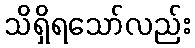
သိရှိရသော်လည်း